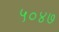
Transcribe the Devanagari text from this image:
५०४७